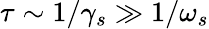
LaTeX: \tau\sim 1/\gamma_{s}\gg 1/\omega_{s}